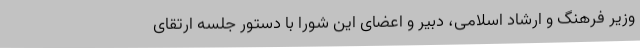
وزیر فرهنگ و ارشاد اسلامی، دبیر و اعضای این شورا با دستور جلسه ارتقای